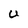
Character: U